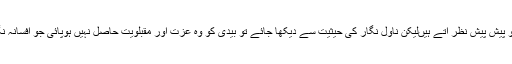
بیدی افسانہ نگاروں کی فہرست میں تو پیش پیش نظر آتے ہیںلیکن ناول نگار کی حیثیت سے دیکھا جائے تو بیدی کو وہ عزت اور مقبلویت حاصل نہیں ہوپائی جو افسانہ نگاری کے میدان میں حاصل ہوتی ہے۔